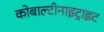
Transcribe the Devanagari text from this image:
कोबाल्टीनाइट्राइट